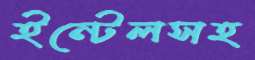
ইন্টেলসহ